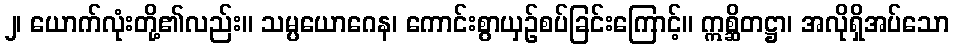
၂၊ ယောက်လုံးတို့၏လည်း။ သမ္ပယောဂေန၊ ကောင်းစွာယှဉ်စပ်ခြင်းကြောင့်။ ဣစ္ဆိတဋ္ဌာ၊ အလိုရှိအပ်သော